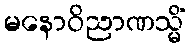
မနောဝိညာဏသ္မိံ